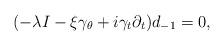
LaTeX: \begin{align*}(-\lambda I-\xi\gamma _\theta +i\gamma _t\partial _t)d_{-1}=0,\end{align*}